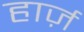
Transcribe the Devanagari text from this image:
हार्ज़